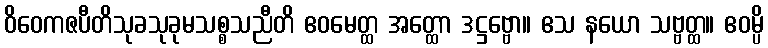
ဝိဝေကဇပီတိသုခသုခုမသစ္စသညီတိ ဧဝမေတ္ထ အတ္ထော ဒဋ္ဌဗ္ဗော။ ဧသ နယော သဗ္ဗတ္ထ။ ဧဝမ္ပိ